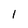
Character: 1